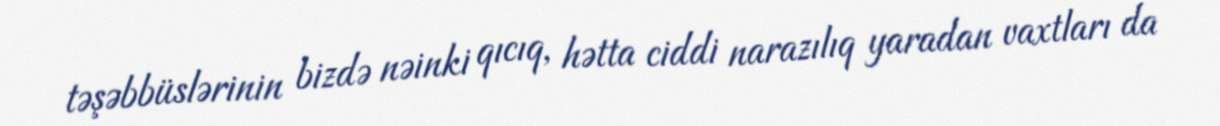
təşəbbüslərinin bizdə nəinki qıcıq, hətta ciddi narazılıq yaradan vaxtları da